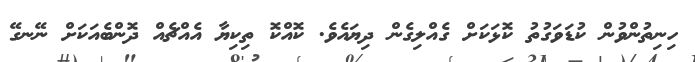
ހިނިތުންވުން ކުޑަވަގުތު ކޮޅަކަށް ގެއްލިގެން ދިޔައެވެ. ކޮއްކޮ ތިކިޔާ އެއްޗެއް ދޮންބެއަކަށް ނޭނގޭ